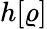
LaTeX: h[\varrho]